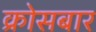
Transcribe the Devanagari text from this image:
क्रोसबार